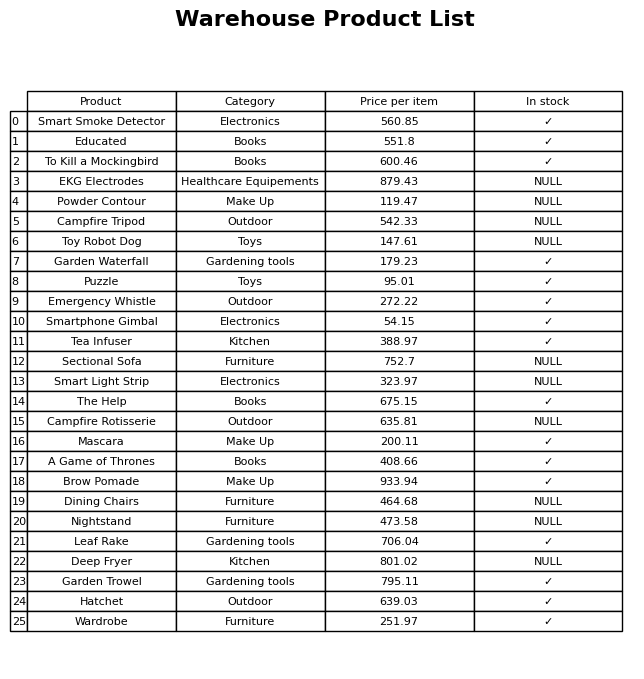
question: What is the price of the Tea Infuser?
answer: The price of Tea Infuser is 388.97.